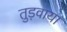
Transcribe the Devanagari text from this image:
तुड़वाया